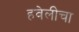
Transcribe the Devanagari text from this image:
हवेलीचा